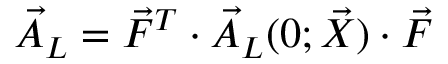
\vec { A } _ { L } = \vec { F } ^ { T } \cdot \vec { A } _ { L } ( 0 ; \vec { X } ) \cdot \vec { F }